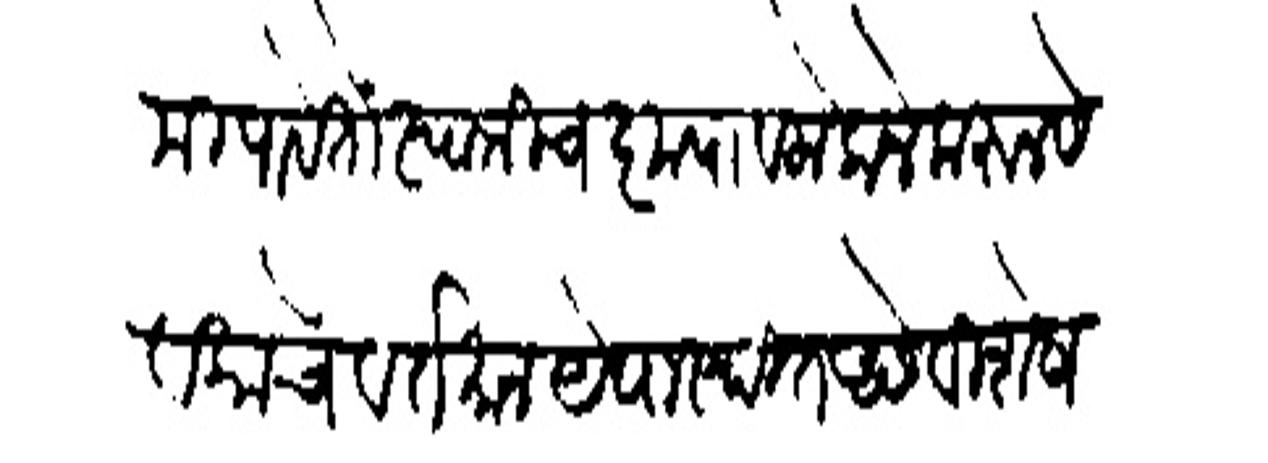
Transliteration (Devanagari): दशमी पावेतों स्वामीचे कृपावलोकने करून सेवकाचे वर्तमान येथास्थित असे विशेष